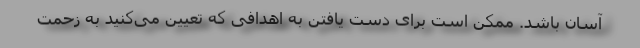
آسان باشد. ممکن است برای دست یافتن به اهدافی که تعیین می‌کنید به زحمت